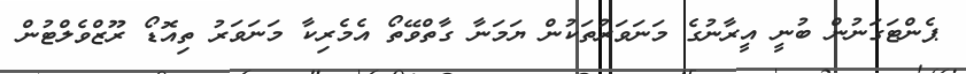
ޕެންޓަގަނުން ބުނީ އީރާނުގެ މަނަވަރުތަކުން ޔަމަނާ ގާތްވޭތޯ އެމެރިކާ މަނަވަރު ތިއޮޑޯ ރޫޒްވެލްޓުން